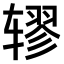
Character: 𫐖